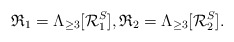
\begin{align*}\mathfrak{R}_1 = \Lambda_{\geq 3}[\mathcal{R}_1^S],\mathfrak{R}_2= \Lambda_{\geq 3}[\mathcal{R}_2^S].\end{align*}